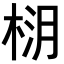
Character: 𪲚